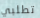
تطلبي